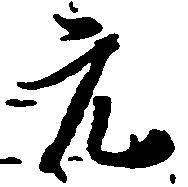
元